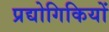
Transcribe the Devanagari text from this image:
प्रद्योगिकियों